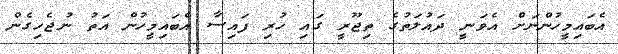
އެބައިމީހުންނަށް އެވަނީ ދައުލަތުގެ ތިޖޫރީ ގައި ހުރި ފައިސާ އެބައިމީހުން އަތު ނުޖެހިގެން